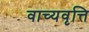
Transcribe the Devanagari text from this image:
वाच्यवृत्ति